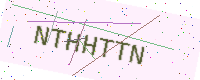
Text: NTHHTTN